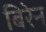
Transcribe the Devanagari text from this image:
बिरेन